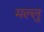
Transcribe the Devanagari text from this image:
मल्लु